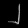
Digit: ၂